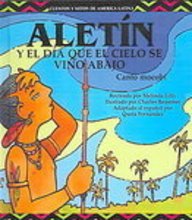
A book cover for Aletin y El Dia Que El Cielo Se Vino Abajo / Aletin and the Falling Sky (Cuentos y Mitos de America Latina) (Spanish Edition); Melinda Lilly; Children's Books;